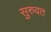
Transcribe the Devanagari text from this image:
सुरुवत